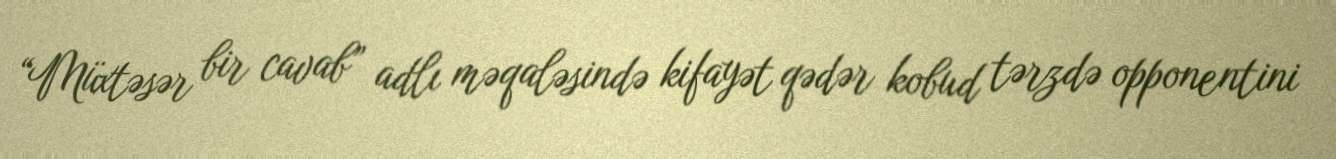
“Müxtəsər bir cavab” adlı məqaləsində kifayət qədər kobud tərzdə opponentini